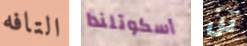
التافه أسكوتلندا تن